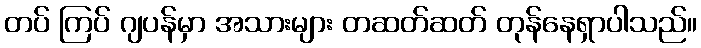
တပ် ကြပ် ဂျပန်မှာ အသားများ တဆတ်ဆတ် တုန်နေရှာပါသည်။